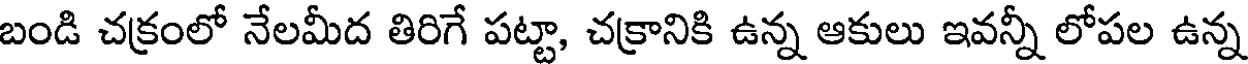
బండి చక్రంలో నేలమీద తిరిగే పట్టా, చక్రానికి ఉన్న ఆకులు ఇవన్నీ లోపల ఉన్న